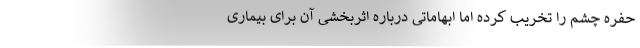
حفره چشم را تخریب کرده اما ابهاماتی درباره اثربخشی آن برای بیماری